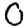
Digit: 0